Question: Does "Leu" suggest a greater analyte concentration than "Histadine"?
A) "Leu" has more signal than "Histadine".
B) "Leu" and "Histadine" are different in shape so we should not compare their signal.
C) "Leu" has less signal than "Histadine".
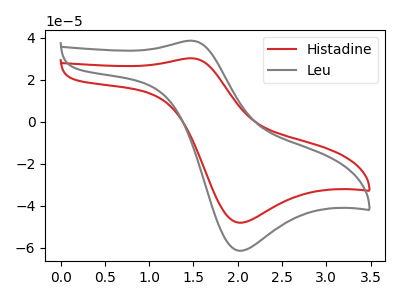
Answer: <think>The red curve "Histadine" has an anodic peak at (1.45V, 30.15uA) and a cathodic peak at (2.00V, -48.10uA). The gray curve "Leu" has an anodic peak at (1.45V, 38.50uA) and a cathodic peak at (2.00V, -61.45uA).
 All the peaks in "Leu" have a peak in "Histadine" at the same potential. Every peak in "Leu" is higher than every peak in "Histadine".</think>
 <answer>A) "Leu" has more signal than "Histadine".</answer>
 <eval>A</eval>